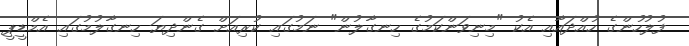
ފުލުހުންގެ ހުއްދައާއި އެކު "މިނިވަންކަމުގެ ހިނގާލުން" ނަމުގައި ކުރިއަށް ގެންދިޔަ ހިނގާލުމުގައި އެމްޑީޕީ